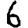
Digit: 6